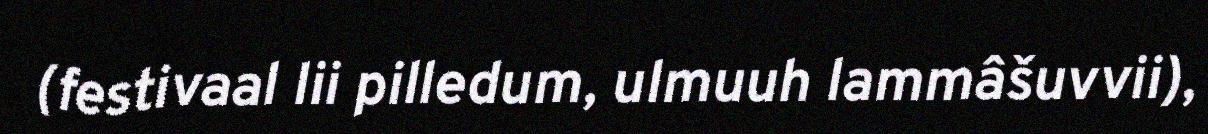
(festivaal lii pilledum, ulmuuh lammâšuvvii),